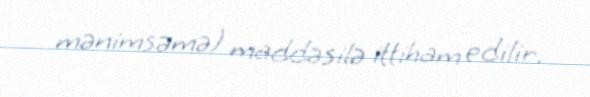
mənimsəmə) maddəsilə ittiham edilir.